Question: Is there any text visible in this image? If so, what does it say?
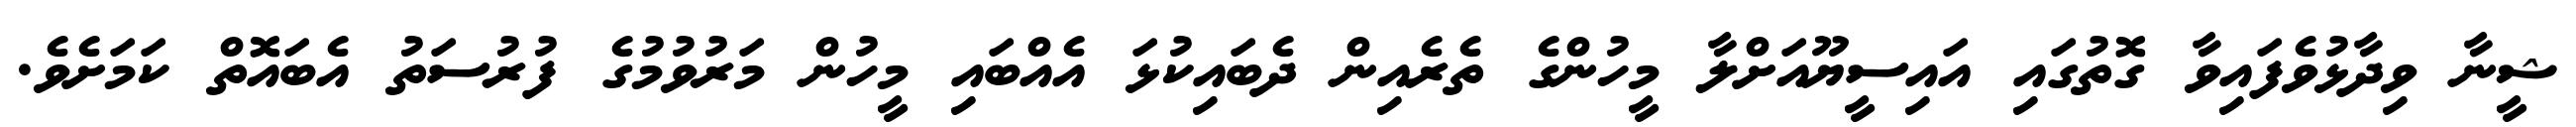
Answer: ޝީނާ ވިދާޅުވެފައިވާ ގޮތުގައި އައިސީޔޫއަށްލާ މީހުންގެ ތެރެއިން ދެބައިކުޅަ އެއްބައި މީހުން މަރުވުމުގެ ފުރުސަތު އެބައޮތް ކަމަށެވެ.